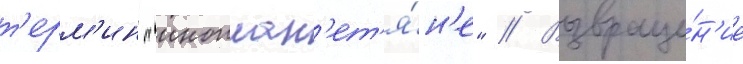
т'ерм'ин "иноплан'ет'я́н'е" // Возвраще́н'ие